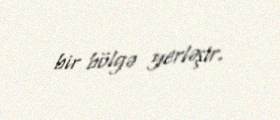
bir bölgə yerləşir.